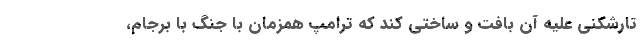
تارشکنی علیه آن بافت و ساختی کند که ترامپ همزمان با جنگ با برجام،